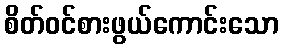
စိတ်ဝင်စားဖွယ်ကောင်းသော